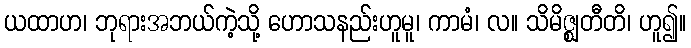
ယထာဟ၊ ဘုရားအဘယ်ကဲ့သို့ ဟောသနည်းဟူမူ၊ ကာမံ၊ လ။ သိမိဇ္ဈတီတိ၊ ဟူ၍။